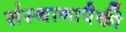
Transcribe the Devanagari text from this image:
संस्थानापैकी